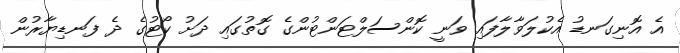
އެ އޮނިގަނޑު އެކުލަވާލާފައި ވަނީ ކޮންސަލްޓަންޓުންގެ ގޮތުގައި ދަށު ކޯޓުގެ ދެ ފަނޑިޔާރުން